Indian journal of veterinary science and animal husbandry - Volume 3,
Year: 1933
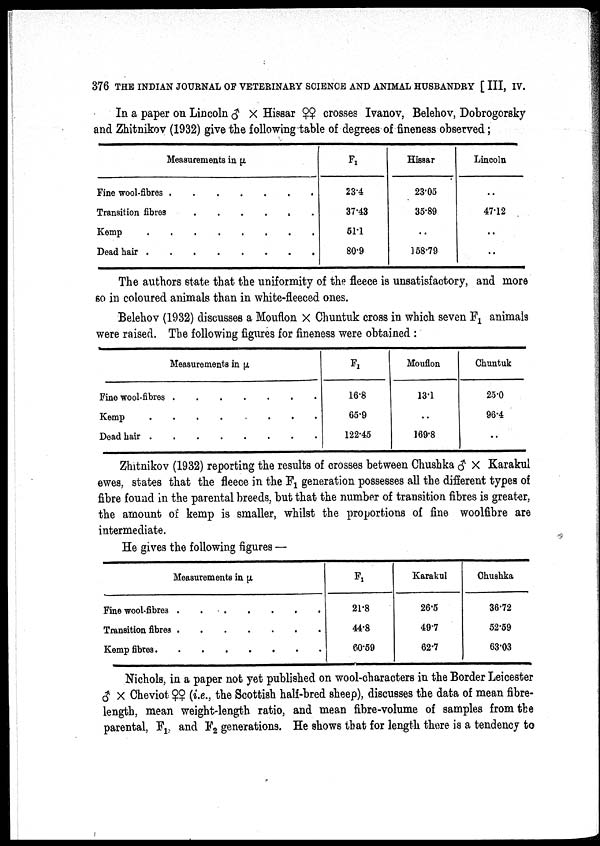
376 THE INDIAN JOURNAL OF VETERINARY SCIENCE AND ANIMAL HUSBANDRY [ III, IV.
In a paper on Lincoln ♂ × Hissar ♀♀ crosses Belhov, Belehov, Dobrogorsky
and Zhitnikov (1932) give the following table of degrees of fineness observed;
Measurements in µ
Fine wool-fibres
Transition fibres....
Kemp.....
Dead hair
F 1
23.4
37.43
51.1
80.9
Hissar
23.05
35.89
..
158.79
Lincoln
..
47.12
..
..
The authors state that the uniformity of the fleece is unsatisfactory, and more
so in coloured animals than in white-fleeced ones.
Belehov (1932) discusses a Mouflon × Chuntuk cross in which seven F 1 animals
were raised. The following figures for fineness were obtained :
Measurements in µ
Fine wool-fibres
Kemp
Dead hair......
F1
16.8
65.9
122.45
Mouflon
13.1
..
169.8
Chuntuk
25.0
96.4
..
Zhitnikov (1932) reporting the results of crosses between Chushka ♂ × Karakul
ewes, states that the fleece in the F 1 generation possesses all the different types of
fibre found in the parental breeds, but that the number of transition fibres is greater,
the amount of kemp is smaller, whilst the proportions of fine woolfibre are
intermediate.
He gives the following figures —
Measurements in µ
Fine wool-fibres
Transition fibres
Kemp fibres......
F1
21.8
44.8
60.59
Karakul
26.5
49.7
62.7
Chushka
36.72
52.59
63.03
Nichols, in a paper not yet published on wool-characters in the Border Leicester
♂ × Cheviot ♀♀ (i.e., the Scottish half-bred sheep), discusses the data of mean fibre-
length, mean weight-length ratio, and mean fibre-volume of samples from the
parental, F 1 and F 2 generations. He shows that for length there is a tendency to